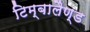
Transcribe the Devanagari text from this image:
टिम्बालैण्ड